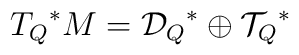
{T_Q}^*M = {{\cal D}_Q}^* \oplus {{\cal T}_Q}^*